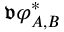
\mathfrak { v } { \varphi } _ { A , B } ^ { * }